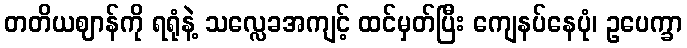
တတိယဈာန်ကို ရရုံနဲ့ သလ္လေခအကျင့် ထင်မှတ်ပြီး ကျေနပ်နေပုံ၊ ဥပေက္ခာ